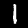
Digit: 1